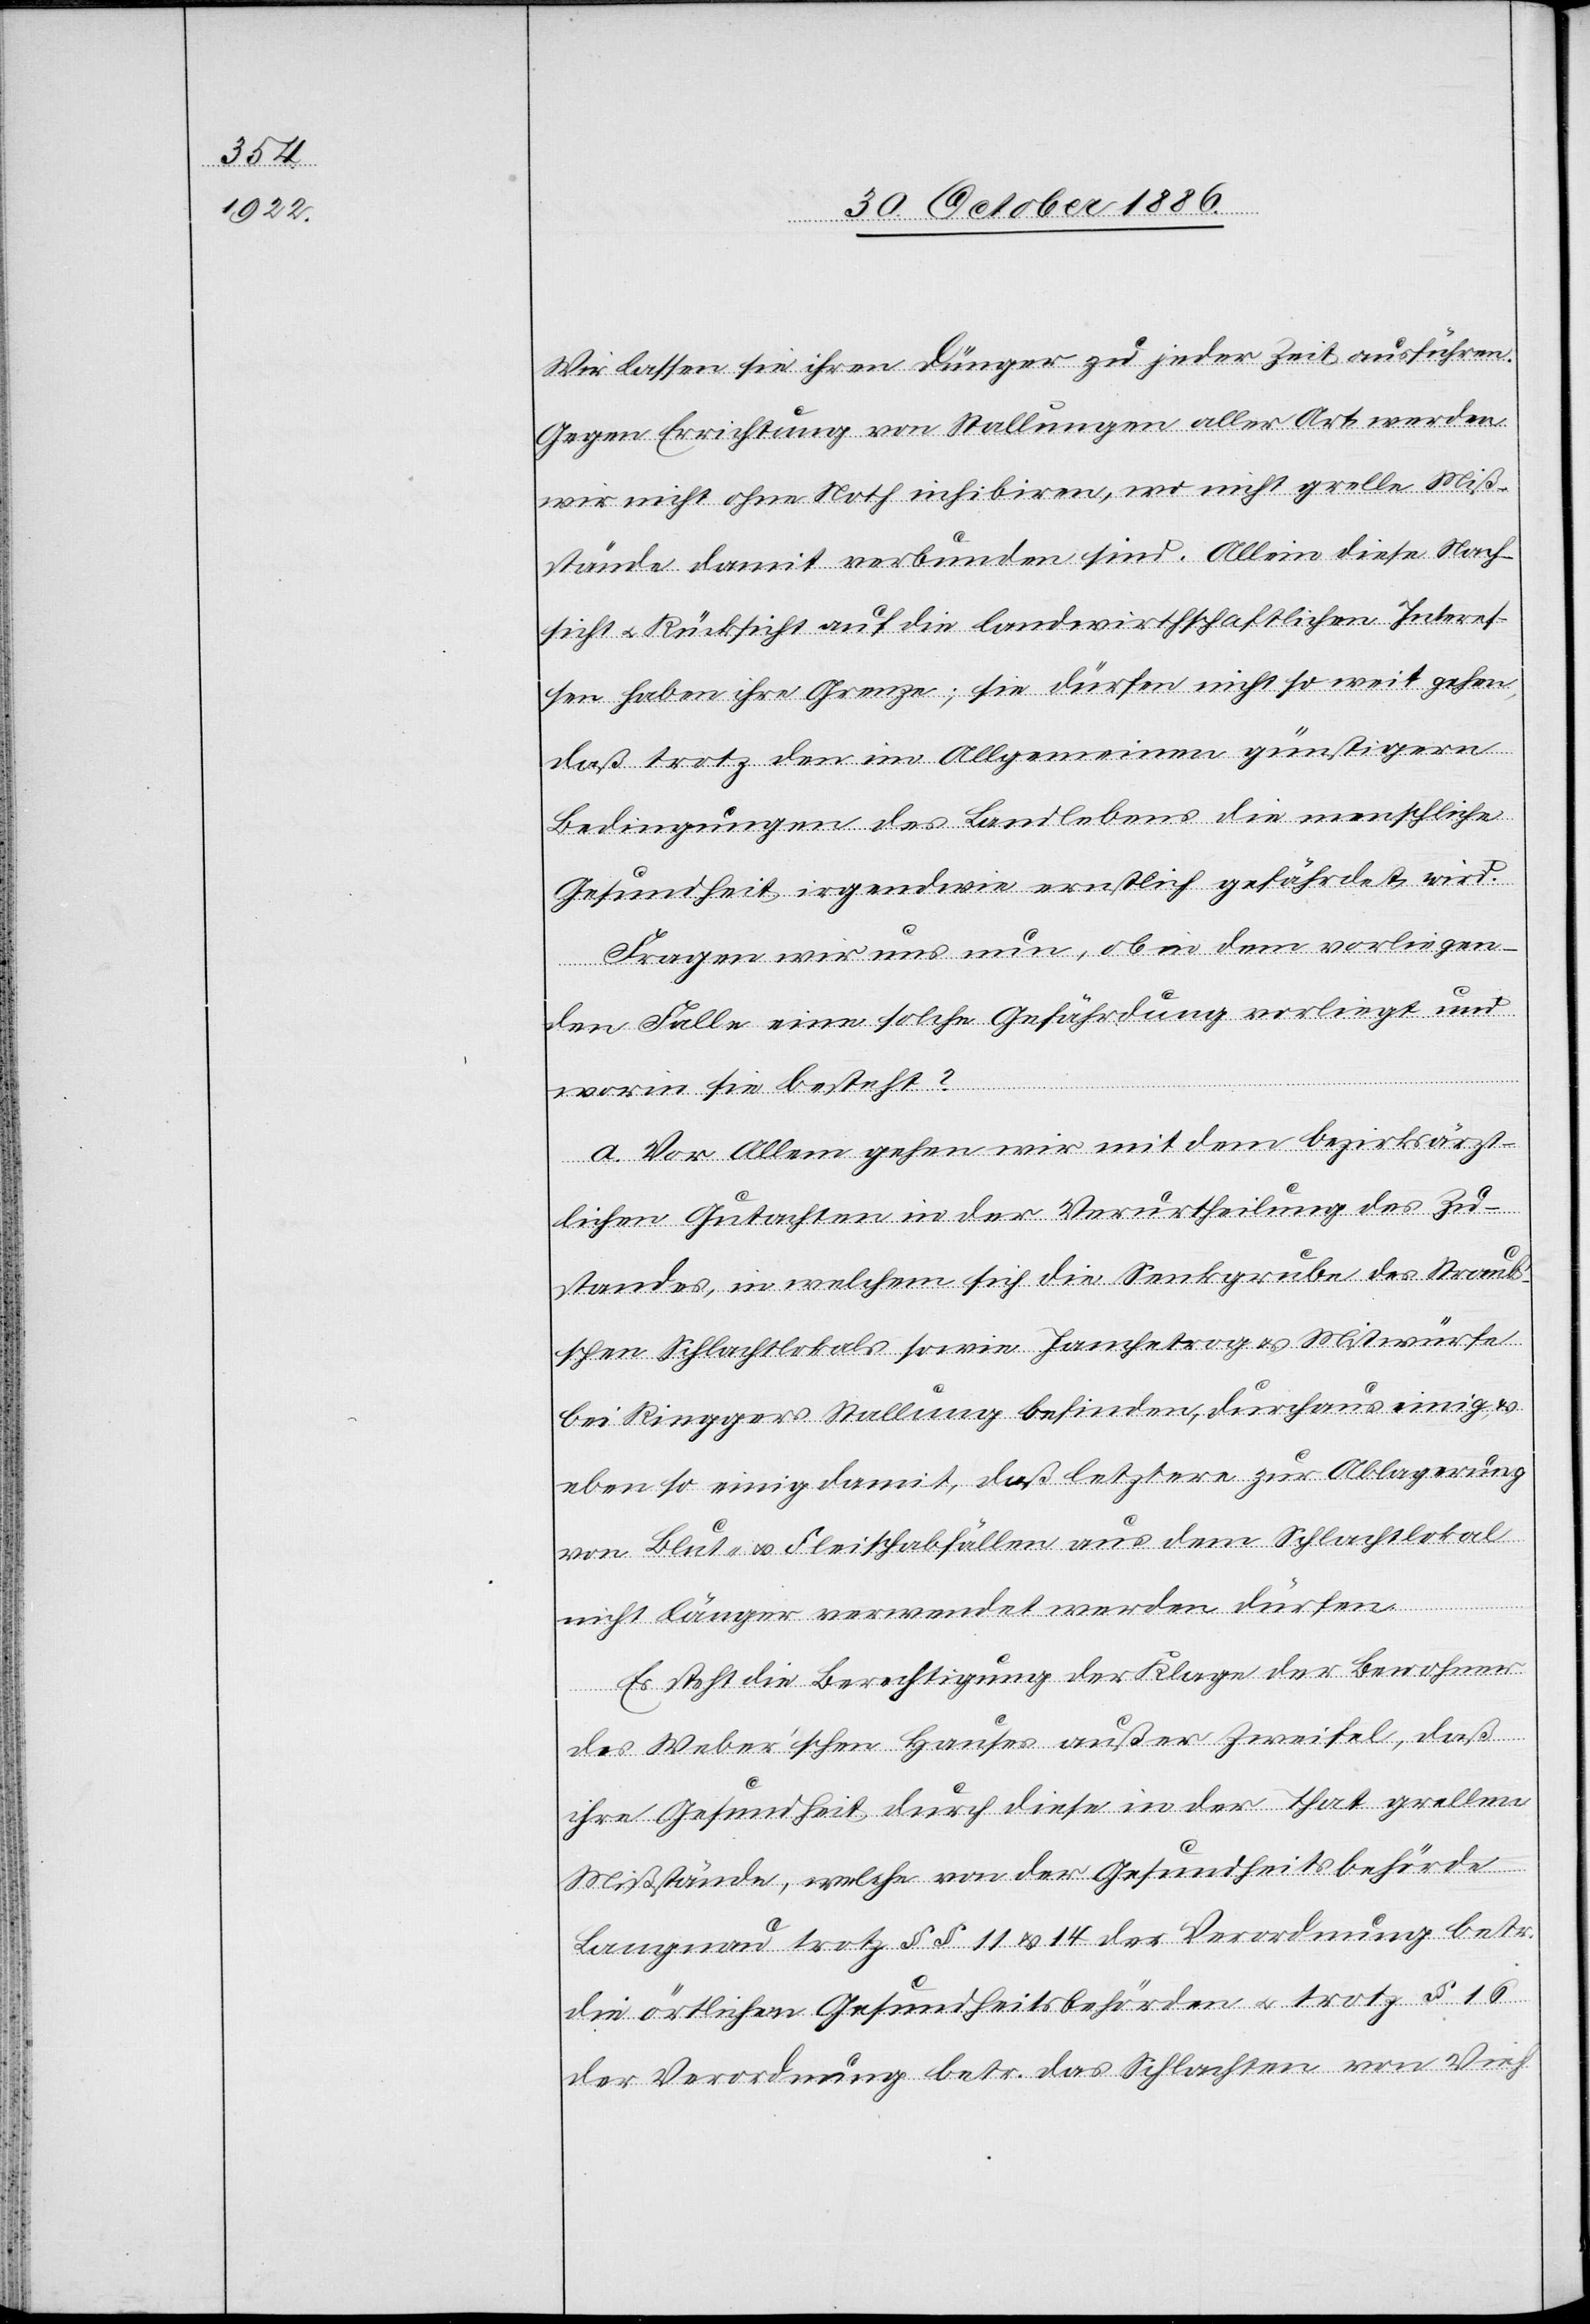
Wir lassen sie ihren Dünger zu jeder Zeit ausführen.
Gegen Errichtung von Stallungen aller Art werden
wir nicht ohne Noth inhibiren, wo nicht grelle Miß¬
stände damit verbunden sind. Allein diese Nach¬
sicht & Rücksicht auf die landwirthschaftlichen Interes¬
sen haben ihre Grenze; sie dürfen nicht so weit gehen,
daß trotz den im Allgemeinen günstigeren
Bedingungen des Landlebens die menschliche
Gesundheit irgendwie ernstlich gefährdet wird.
Fragen wir uns nun, ob in dem vorliegen¬
den Falle eine solche Gefährdung vorliegt und
worin sie besteht?
a. Vor Allem gehen wir mit dem bezirksärzt¬
lichen Gutachten in der Verurtheilung des Zu¬
standes, in welchem sich die Senkgrube des Straub’s¬
chen Schlachtlokals sowie Jauchetrog & Mistwürfe
bei Ringgers Stallung befinden, durchaus einig,
ebenso einig damit, daß letztere zur Ablagerung
von Blut- & Fleischabfällen aus dem Schlachtlokal
nicht länger verwendet werden dürfen.
Es steht die Berechtigung der Klage der Bewohner
des Weber’schen Hauses außer Zweifel, daß
ihre Gesundheit durch diese in der That grellen
Mißstände, welche von der Gesundheitsbehörde
Langnau trotz §§ 11 & 14 der Verordnung betr.
die örtlichen Gesundheitsbehörden & trotz § 16
der Verordnung betr. das Schlachten von Vieh